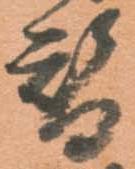
替